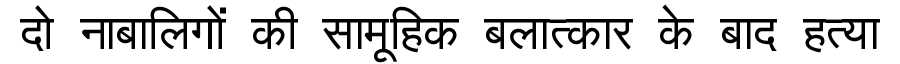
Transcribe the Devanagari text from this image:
दो नाबालिगों की सामूहिक बलात्कार के बाद हत्या